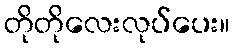
တိုတိုလေးလုပ်ပေး။